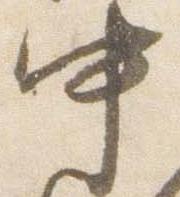
中